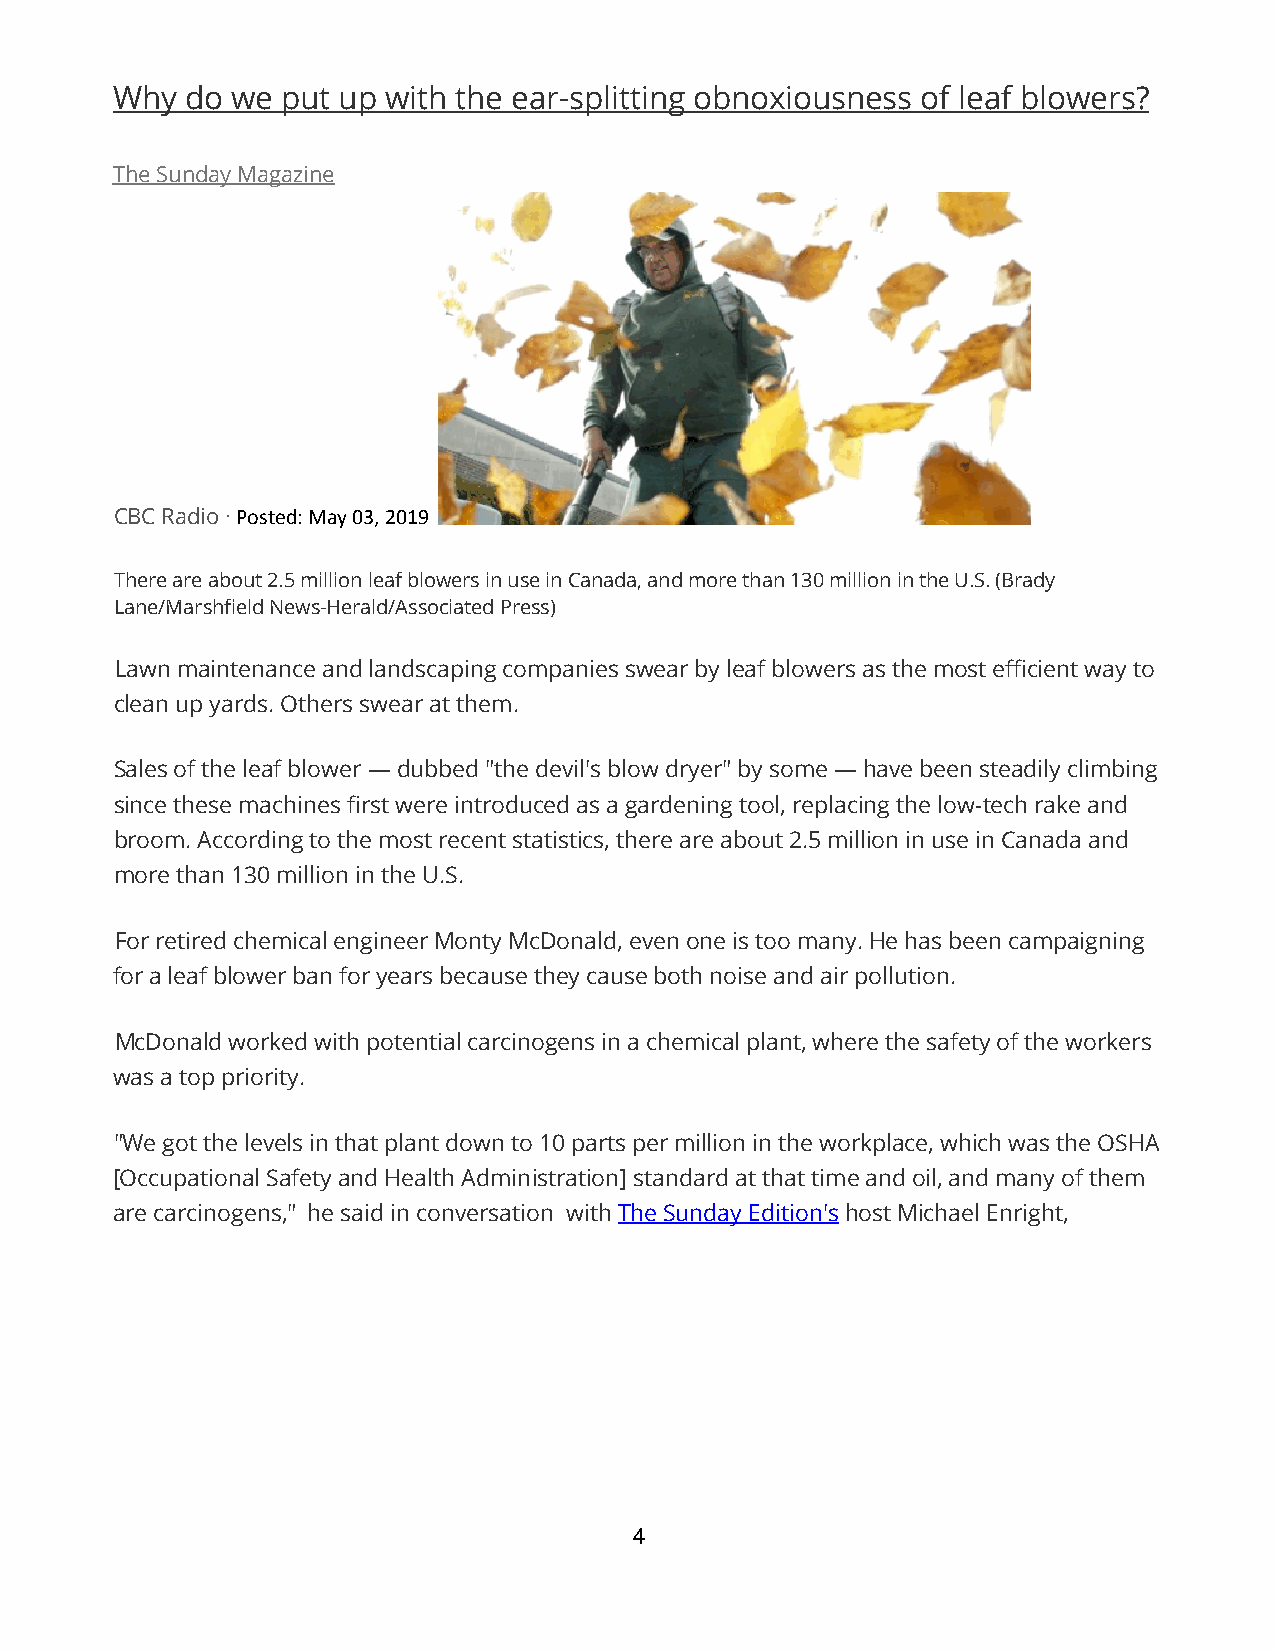
Why  do we  put up with the ear-splitting obnoxiousness of leaf blowers?
 The Sunday Magazine
 CBC Radio · Posted: May 03, 2019
 There are about 2.5 million leaf blowers in use in Canada, and more than 130 million in the U.S. (Brady
 Lane/Marshfield News-Herald/Associated Press)
 Lawn maintenance and landscaping companies swear by leaf blowers as the most efficient way to
 clean up yards. Others swear at them.
 Sales of the leaf blower — dubbed "the devil's blow dryer" by some — have been steadily climbing
 since these machines first were introduced as a gardening tool, replacing the low-tech rake and
 broom. According to the most recent statistics, there are about 2.5 million in use in Canada and
 more than 130 million in the U.S.
 For retired chemical engineer Monty McDonald, even one is too many. He has been campaigning
 for a leaf blower ban for years because they cause both noise and air pollution.
 McDonald worked with potential carcinogens in a chemical plant, where the safety of the workers
 was a top priority.
 "We got the levels in that plant down to 10 parts per million in the workplace, which was the OSHA
 [Occupational Safety and Health Administration] standard at that time and oil, and many of them
 are carcinogens," he said in conversation with The Sunday Edition's host Michael Enright,
 4